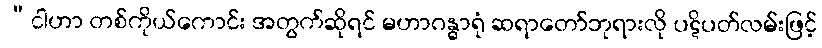
“ငါဟာ တစ်ကိုယ်ကောင်း အတွက်ဆိုရင် မဟာဂန္ဓာရုံ ဆရာတော်ဘုရားလို ပဋိပတ်လမ်းဖြင့်